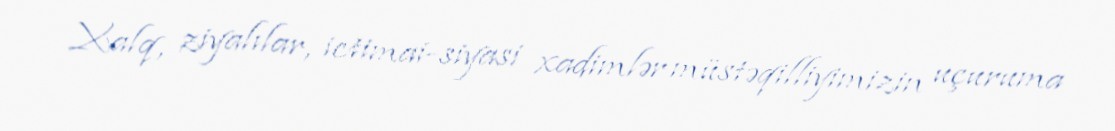
Xalq, ziyalılar, ictimai-siyasi xadimlər müstəqilliyimizin uçuruma